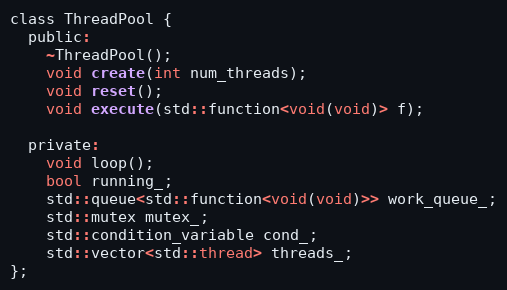
Language: C
class ThreadPool {
  public:
    ~ThreadPool();
    void create(int num_threads);
    void reset();
    void execute(std::function<void(void)> f);

  private:
    void loop();
    bool running_;
    std::queue<std::function<void(void)>> work_queue_;
    std::mutex mutex_;
    std::condition_variable cond_;
    std::vector<std::thread> threads_;
};